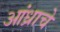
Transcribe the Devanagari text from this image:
आंध्राचे